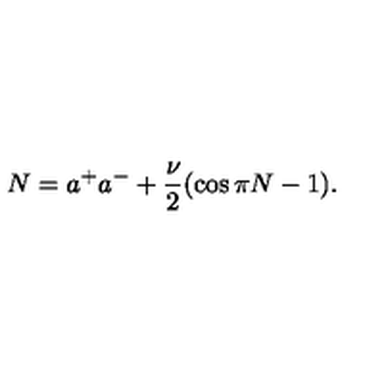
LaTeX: N = a ^ { + } a ^ { - } + \frac { \nu } { 2 } ( \cos \pi N - 1 ) .